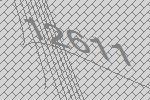
12611